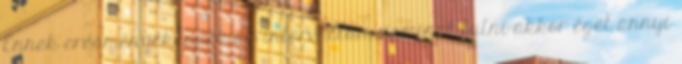
Ennek eredményeképpen az intervallum zaminut futni akkor éget annyi